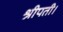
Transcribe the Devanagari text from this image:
श्रीपती।